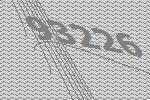
93226